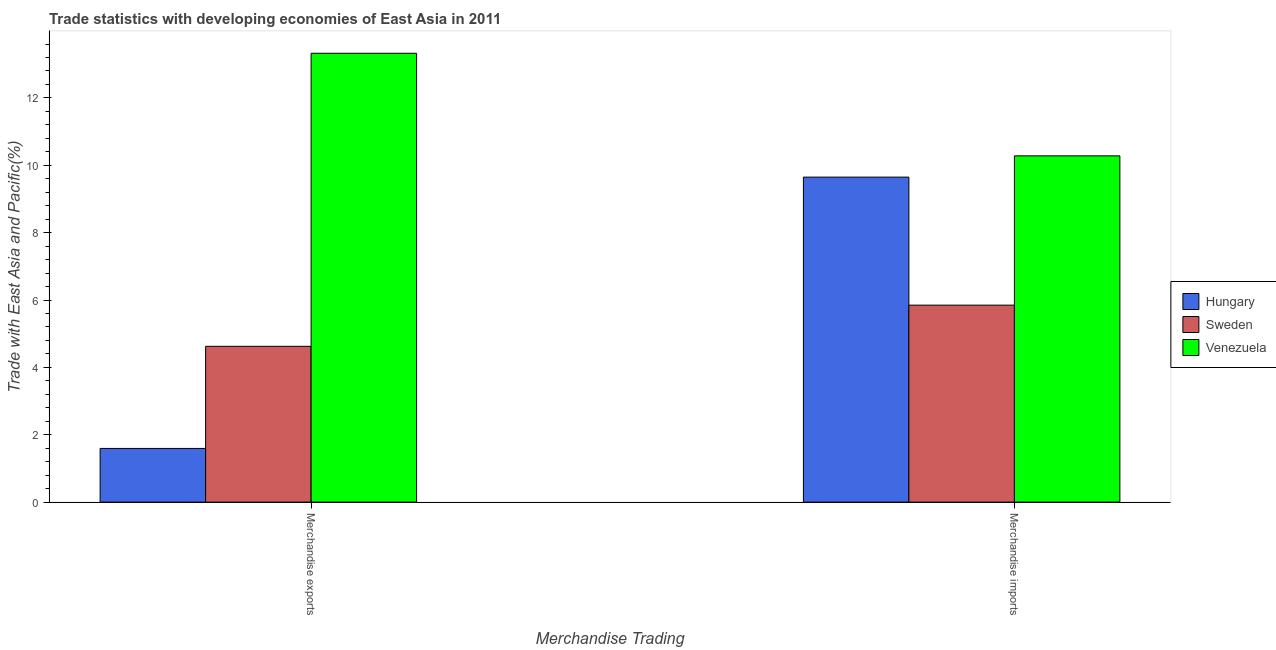
| Merchandise Trading | Hungary | Sweden | Venezuela |
 | --- | --- | --- | --- |
 | Merchandise exports | 1.59 | 4.63 | 13.3 |
 | Merchandise imports | 9.65 | 5.85 | 10.3 |